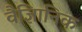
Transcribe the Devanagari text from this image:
वैज्ञिानिक